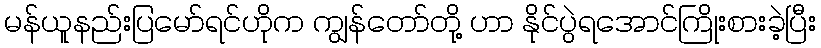
မန်ယူနည်းပြမော်ရင်ဟိုက ကျွန်တော်တို့ ဟာ နိုင်ပွဲရအောင်ကြိုးစားခဲ့ပြီး